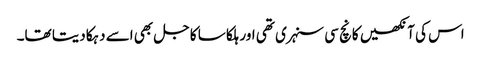
اس کی آنکھیں کانچ سی سنہری تھی اور ہلکا سا کاجل بھی اسے دہکا دیتا تھا۔